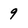
Character: 9